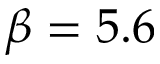
\beta = 5 . 6